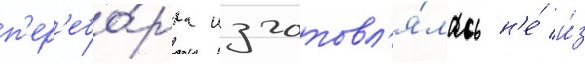
п'ер'ебо́рка изготовл'я́лась н'е́ и́з